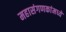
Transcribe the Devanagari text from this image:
महासंगणकांमध्ये